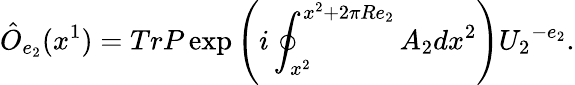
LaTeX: \hat{O}_{e_{2}}(x^{1})=TrP\exp\left(i\oint_{x^{2}}^{x^{2}+2\pi Re_{2}}A_{2}dx^{2}\right){U_{2}}^{-e_{2}}.